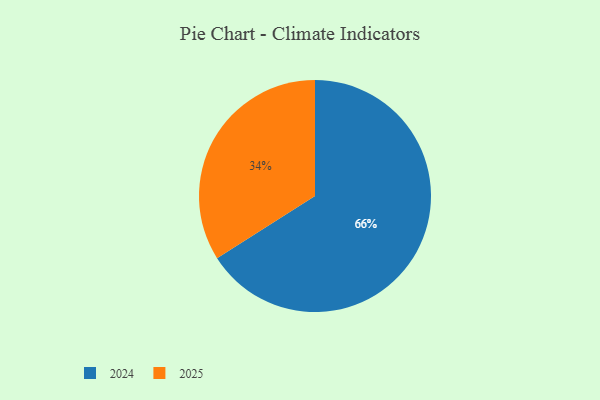
{"axis": {"x": "Category", "y": "Percentage"}, "legend": ["2024", "2025"], "data": [{"x": "2025", "y": 34, "type": "2025"}, {"x": "2024", "y": 66, "type": "2024"}]}